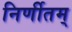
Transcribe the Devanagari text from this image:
निर्णीतम्